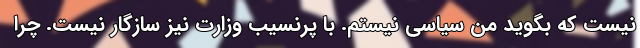
نیست که بگوید من سیاسی نیستم. با پرنسیب وزارت نیز سازگار نیست. چرا